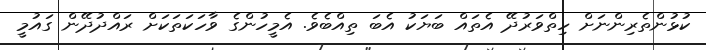
ކުޅުންތެރިންނަށް ހިތްވަރުދޭ އެތައް ބަޔަކު އެބަ ތިއްބެވެ. އެމީހުންގެ ވާހަކަތަކަށް ރައްދުދޭން ގައުމީ